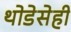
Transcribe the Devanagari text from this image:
थोडेसेही